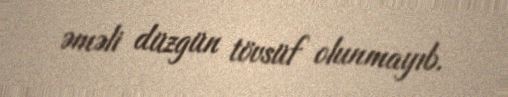
əməli düzgün tövsüf olunmayıb.